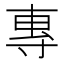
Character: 專